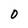
Character: 0